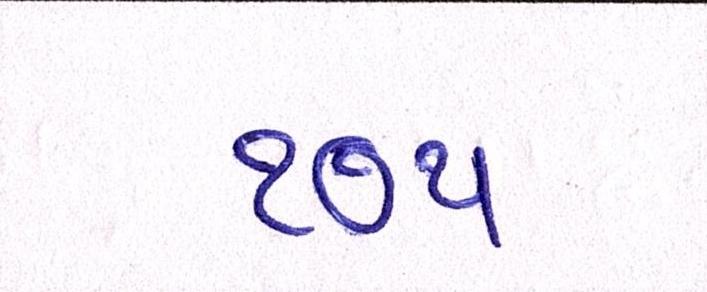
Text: ૧૭૫